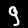
Label: 9